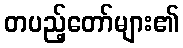
တပည့်တော်များ၏